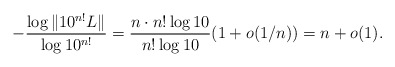
\begin{align*}-\frac{\log \Vert 10^{n!}L\Vert}{\log 10^{n!}}=\frac{n\cdot n!\log 10 }{n!\log 10}(1+o(1/n))=n+o(1).\end{align*}